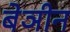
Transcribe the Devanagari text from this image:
बेञीन